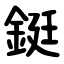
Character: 鋌